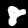
Digit: 8